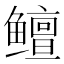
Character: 鳣